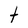
Character: t